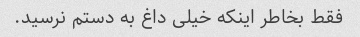
فقط بخاطر اینکه خیلی داغ به دستم نرسید.